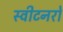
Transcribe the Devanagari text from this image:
स्वीटनरों